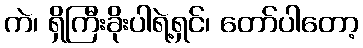
ကဲ၊ ရှိကြီးခိုးပါရဲ့ရှင်၊ တော်ပါတော့